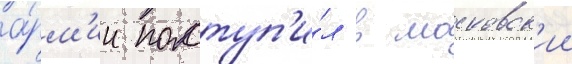
а́рм'ии поступ'и́л в московск'ии